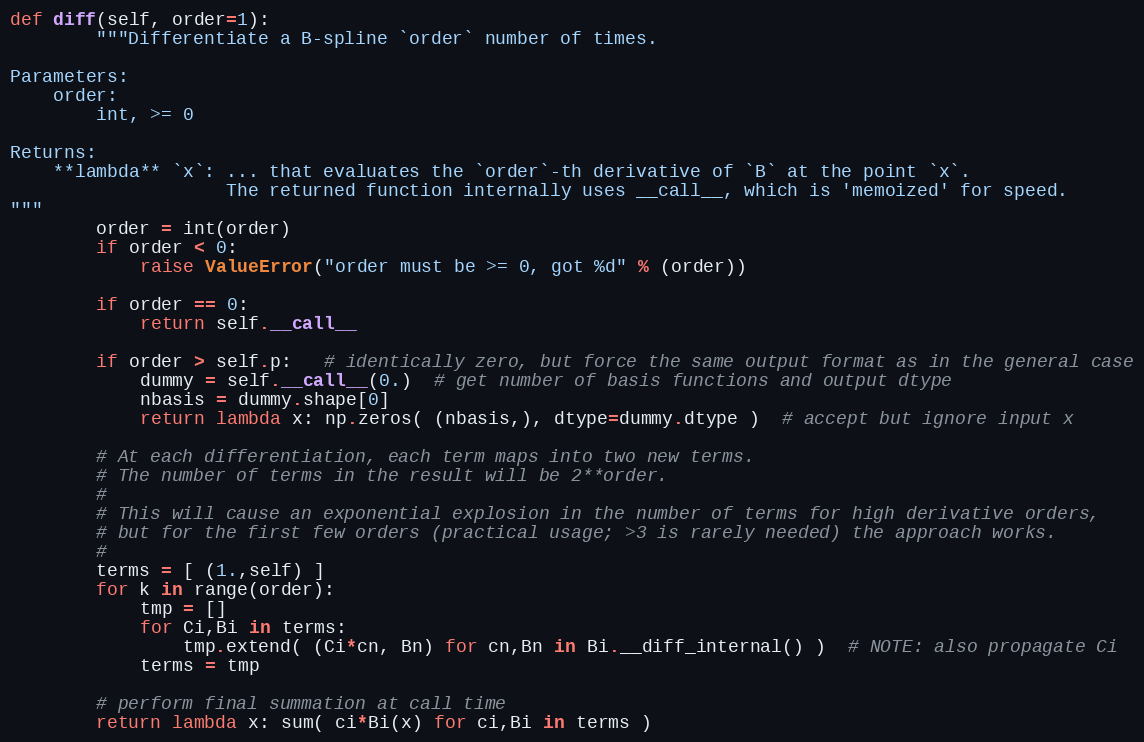
Language: Python
def diff(self, order=1):
        """Differentiate a B-spline `order` number of times.

Parameters:
    order:
        int, >= 0

Returns:
    **lambda** `x`: ... that evaluates the `order`-th derivative of `B` at the point `x`.
                    The returned function internally uses __call__, which is 'memoized' for speed.
"""
        order = int(order)
        if order < 0:
            raise ValueError("order must be >= 0, got %d" % (order))

        if order == 0:
            return self.__call__

        if order > self.p:   # identically zero, but force the same output format as in the general case
            dummy = self.__call__(0.)  # get number of basis functions and output dtype
            nbasis = dummy.shape[0]
            return lambda x: np.zeros( (nbasis,), dtype=dummy.dtype )  # accept but ignore input x

        # At each differentiation, each term maps into two new terms.
        # The number of terms in the result will be 2**order.
        #
        # This will cause an exponential explosion in the number of terms for high derivative orders,
        # but for the first few orders (practical usage; >3 is rarely needed) the approach works.
        #
        terms = [ (1.,self) ]
        for k in range(order):
            tmp = []
            for Ci,Bi in terms:
                tmp.extend( (Ci*cn, Bn) for cn,Bn in Bi.__diff_internal() )  # NOTE: also propagate Ci
            terms = tmp

        # perform final summation at call time
        return lambda x: sum( ci*Bi(x) for ci,Bi in terms )